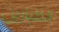
الطيارين